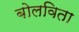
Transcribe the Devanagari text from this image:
बोलविता